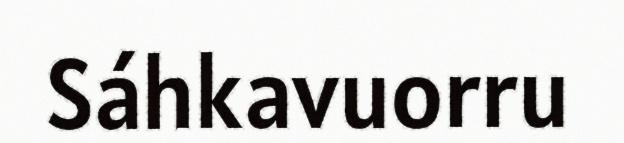
Sáhkavuorru